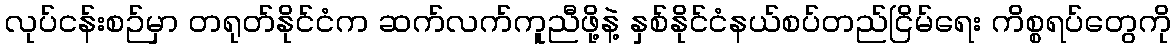
လုပ်ငန်းစဉ်မှာ တရုတ်နိုင်ငံက ဆက်လက်ကူညီဖို့နဲ့ နှစ်နိုင်ငံနယ်စပ်တည်ငြိမ်ရေး ကိစ္စရပ်တွေကို